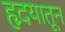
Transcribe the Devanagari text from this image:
हृदयातून